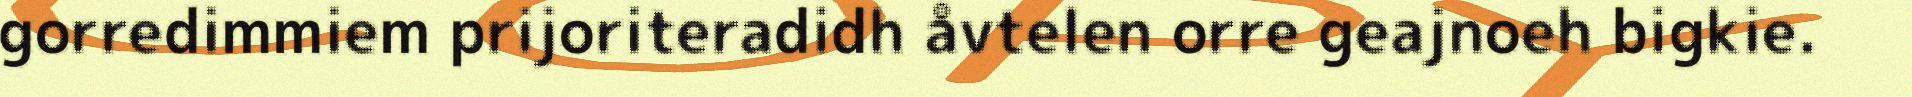
gorredimmiem prijoriteradidh åvtelen orre geajnoeh bigkie.